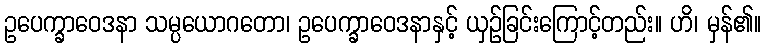
ဥပေက္ခာဝေဒနာ သမ္ပယောဂတော၊ ဥပေက္ခာဝေဒနာနှင့် ယှဉ်ခြင်းကြောင့်တည်း။ ဟိ၊ မှန်၏။